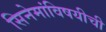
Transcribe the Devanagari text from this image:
सिनेमांविषयीची